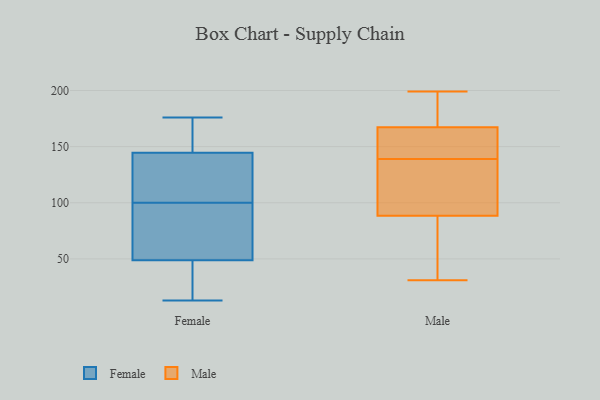
{"axis": {"x": "Satisfaction Score", "y": "Value"}, "legend": ["Female", "Male"], "data": [{"x": "", "y": 13, "type": "Female"}, {"x": "", "y": 58, "type": "Female"}, {"x": "", "y": 50, "type": "Female"}, {"x": "", "y": 176, "type": "Female"}, {"x": "", "y": 162, "type": "Female"}, {"x": "", "y": 100, "type": "Female"}, {"x": "", "y": 51, "type": "Female"}, {"x": "", "y": 142, "type": "Female"}, {"x": "", "y": 45, "type": "Female"}, {"x": "", "y": 119, "type": "Female"}, {"x": "", "y": 152, "type": "Female"}, {"x": "", "y": 39, "type": "Female"}, {"x": "", "y": 105, "type": "Female"}, {"x": "", "y": 65, "type": "Male"}, {"x": "", "y": 140, "type": "Male"}, {"x": "", "y": 139, "type": "Male"}, {"x": "", "y": 199, "type": "Male"}, {"x": "", "y": 184, "type": "Male"}, {"x": "", "y": 165, "type": "Male"}, {"x": "", "y": 92, "type": "Male"}, {"x": "", "y": 165, "type": "Male"}, {"x": "", "y": 171, "type": "Male"}, {"x": "", "y": 31, "type": "Male"}, {"x": "", "y": 64, "type": "Male"}, {"x": "", "y": 134, "type": "Male"}, {"x": "", "y": 99, "type": "Male"}, {"x": "", "y": 189, "type": "Male"}, {"x": "", "y": 130, "type": "Male"}, {"x": "", "y": 78, "type": "Male"}, {"x": "", "y": 166, "type": "Male"}]}